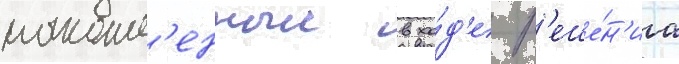
накопл'енныи в хо́д'е р'еше́н'иа